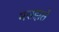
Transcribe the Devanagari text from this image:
मसझते